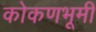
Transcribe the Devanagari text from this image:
कोकणभूमी